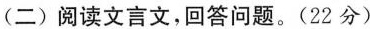
(二)阅读文言文，回答问题。(22分)